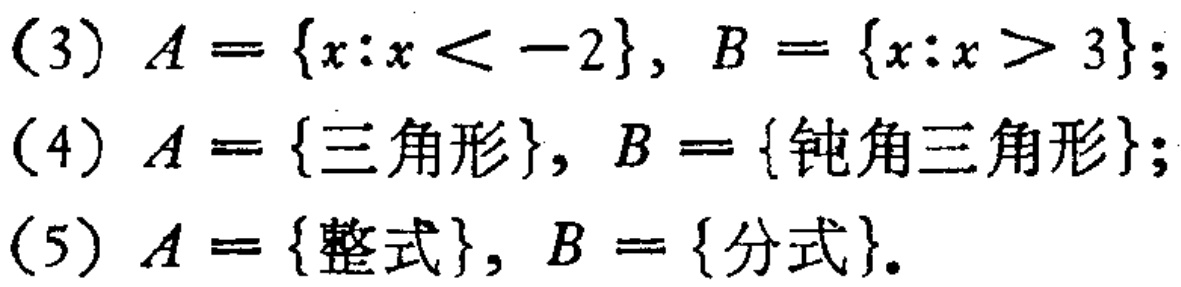
(3) \(A = \{x:x < -2\}, B = \{x:x > 3\}\);

(4) \(A = \{三角形\}, B = \{钝角三角形\}\);

(5) \(A = \{整式\}, B = \{分式\}\)